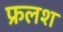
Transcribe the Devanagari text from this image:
फ्रलश